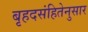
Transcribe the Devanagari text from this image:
बृहदसंहितेनुसार